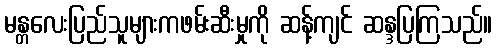
မန္တလေးပြည်သူများကဖမ်းဆီးမှုကို ဆန့်ကျင် ဆန္ဒပြကြသည်။